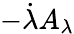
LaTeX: -\dot{\lambda}A_{\lambda}